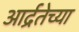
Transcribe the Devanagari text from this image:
आर्द्रतेच्या